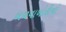
બળવાખોરીનો